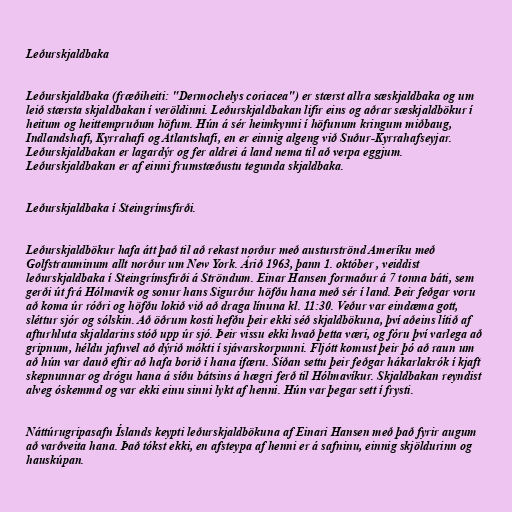
Leðurskjaldbaka

Leðurskjaldbaka (fræðiheiti: "Dermochelys coriacea") er stærst allra sæskjaldbaka og um
leið stærsta skjaldbakan í veröldinni. Leðurskjaldbakan lifir eins og aðrar sæskjaldbökur í
heitum og heittempruðum höfum. Hún á sér heimkynni í höfunum kringum miðbaug,
Indlandshafi, Kyrrahafi og Atlantshafi, en er einnig algeng við Suður-Kyrrahafseyjar.
Leðurskjaldbakan er lagardýr og fer aldrei á land nema til að verpa eggjum.
Leðurskjaldbakan er af einni frumstæðustu tegunda skjaldbaka.

Leðurskjaldbaka í Steingrímsfirði.

Leðurskjaldbökur hafa átt það til að rekast norður með austurströnd Ameríku með
Golfstrauminum allt norður um New York. Árið 1963, þann 1. október , veiddist
leðurskjaldbaka í Steingrímsfirði á Ströndum. Einar Hansen formaður á 7 tonna báti, sem
gerði út frá Hólmavík og sonur hans Sigurður höfðu hana með sér í land. Þeir feðgar voru
að koma úr róðri og höfðu lokið við að draga línuna kl. 11:30. Veður var eindæma gott,
sléttur sjór og sólskin. Að öðrum kosti hefðu þeir ekki séð skjaldbökuna, því aðeins lítið af
afturhluta skjaldarins stóð upp úr sjó. Þeir vissu ekki hvað þetta væri, og fóru því varlega að
gripnum, héldu jafnvel að dýrið mókti í sjávarskorpunni. Fljótt komust þeir þó að raun um
að hún var dauð eftir að hafa borið í hana ífæru. Síðan settu þeir feðgar hákarlakrók í kjaft
skepnunnar og drógu hana á síðu bátsins á hægri ferð til Hólmavíkur. Skjaldbakan reyndist
alveg óskemmd og var ekki einu sinni lykt af henni. Hún var þegar sett í frysti.

Náttúrugripasafn Íslands keypti leðurskjaldbökuna af Einari Hansen með það fyrir augum
að varðveita hana. Það tókst ekki, en afsteypa af henni er á safninu, einnig skjöldurinn og
hauskúpan.